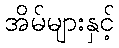
အိမ်များနှင့်